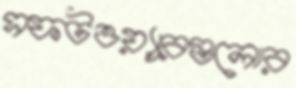
সফটওয়্যারগুলোর